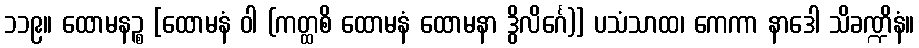
၁၁၉။ ထောမနဉ္စ [ထောမနံ ဝါ (ကတ္ထစိ ထောမနံ ထောမနာ ဒွိလိင်္ဂေ)] ပသံသာထ၊ ကေကာ နာဒေါ သိခဏ္ဍိနံ။